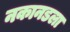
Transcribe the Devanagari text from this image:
नकानडला